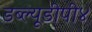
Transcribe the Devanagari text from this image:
डब्ल्यूडीपी४